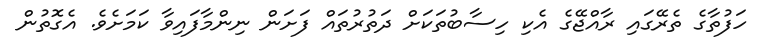
ހަފުތާގެ ތެރޭގައި ރާއްޖޭގެ އެކި ހިސާބުތަކަށް ދަތުރުތައް ފަށަން ނިންމާފައިވާ ކަމަށެވެ. އެގޮތުން